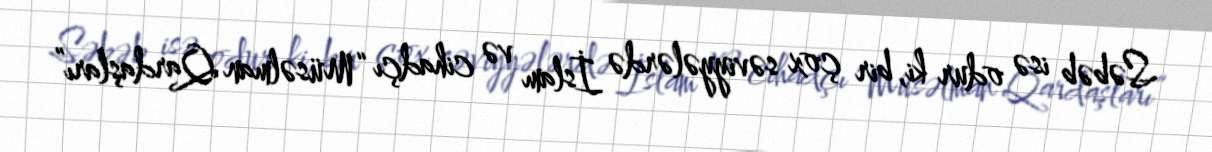
Səbəb isə odur ki, bir çox səviyyələrdə İslam və cihadçı “Müsəlman Qardaşları”